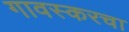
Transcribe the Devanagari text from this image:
गावस्करचा